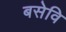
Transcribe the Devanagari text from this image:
बसेवि